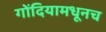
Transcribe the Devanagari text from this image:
गोंदियामधूनच